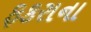
ફકરાના